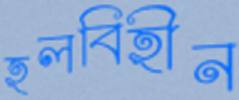
হলবিহীন